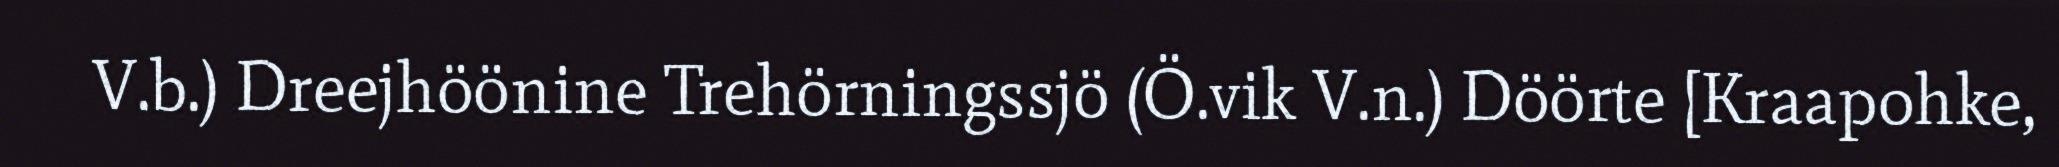
V.b.) Dreejhöönine Trehörningssjö (Ö.vik V.n.) Döörte [Kraapohke,